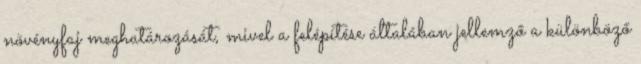
növényfaj meghatározását, mivel a felépítése általában jellemző a különböző